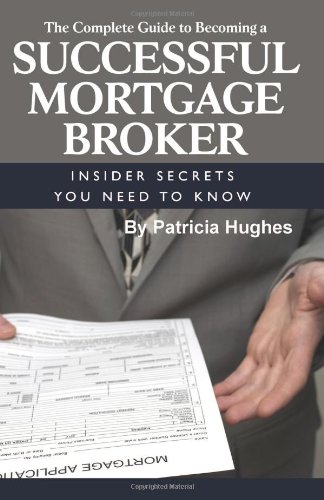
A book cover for The Complete Guide to Becoming a Successful Mortgage Broker: Insider Secrets You Need to Know; Patricia Hughes; Business & Money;